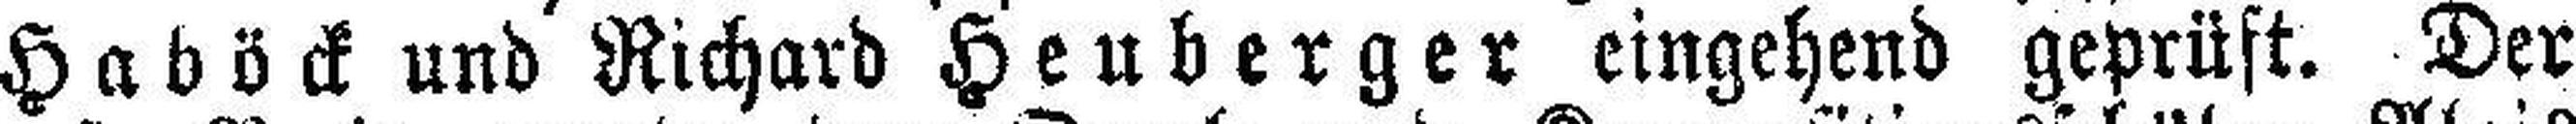
Haböck und Richard Heuberger eingehend geprüft. Der